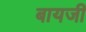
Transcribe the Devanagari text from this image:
बायजी